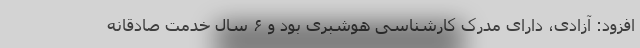
افزود: آزادی، دارای مدرک کارشناسی هوشبری بود و ۶ سال خدمت صادقانه